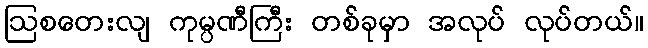
ဩစတေးလျ ကုမ္ပဏီကြီး တစ်ခုမှာ အလုပ် လုပ်တယ်။